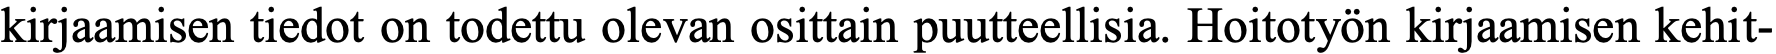
kirjaamisen tiedot on todettu olevan osittain puutteellisia. Hoitotyön kirjaamisen kehit-